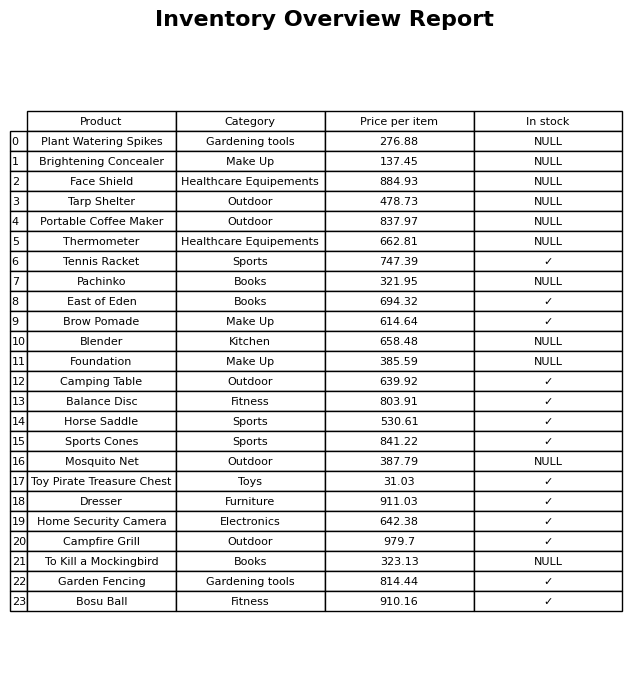
question: What is the price of the Home Security Camera?
answer: The price of Home Security Camera is 642.38.